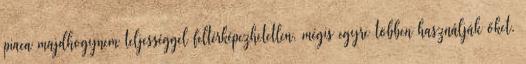
piaca majdhogynem teljességgel feltérképezhetetlen, mégis egyre többen használják őket.